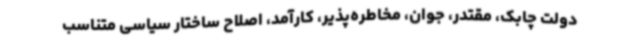
دولت چابک، مقتدر، جوان، مخاطره‌پذیر، کارآمد، اصلاح ساختار سیاسی متناسب